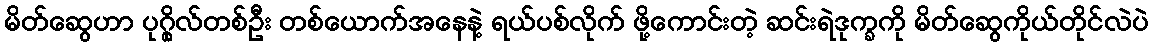
မိတ်ဆွေဟာ ပုဂ္ဂိုလ်တစ်ဦး တစ်ယောက်အနေနဲ့ ရယ်ပစ်လိုက် ဖို့ကောင်းတဲ့ ဆင်းရဲဒုက္ခကို မိတ်ဆွေကိုယ်တိုင်လဲပဲ